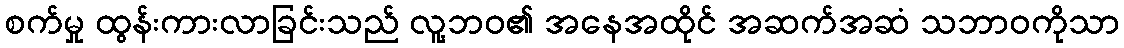
စက်မှု ထွန်းကားလာခြင်းသည် လူ့ဘဝ၏ အနေအထိုင် အဆက်အဆံ သဘာဝကိုသာ